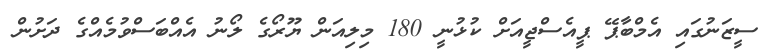
ސީޒަނުގައި އެމްބާޕޭ ޕީއެސްޖީއަށް ކުޅުނީ 180 މިލިއަން ޔޫރޯގެ ލޯނު އެއްބަސްވުމެއްގެ ދަށުން